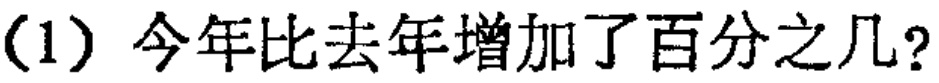
(1) 今年比去年增加了百分之几?